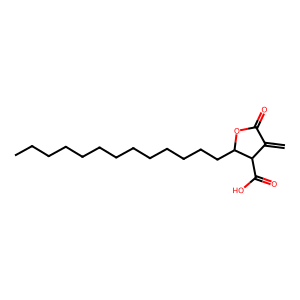
SMILES: C=C1C(=O)OC(CCCCCCCCCCCCC)C1C(=O)O
Inhibits HIV replication: No